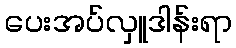
ပေးအပ်လှူဒါန်းရာ